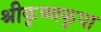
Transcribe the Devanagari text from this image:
श्रीकृष्णकृपा